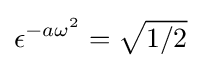
\epsilon ^{-a\omega ^{2}}={\sqrt {1/2}}